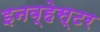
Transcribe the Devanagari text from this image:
इनव्हेस्टर